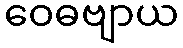
ဝေဓဗျာယ